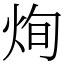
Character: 𤈎